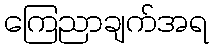
ကြေညာချက်အရ